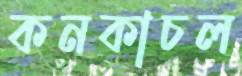
কনকাচল